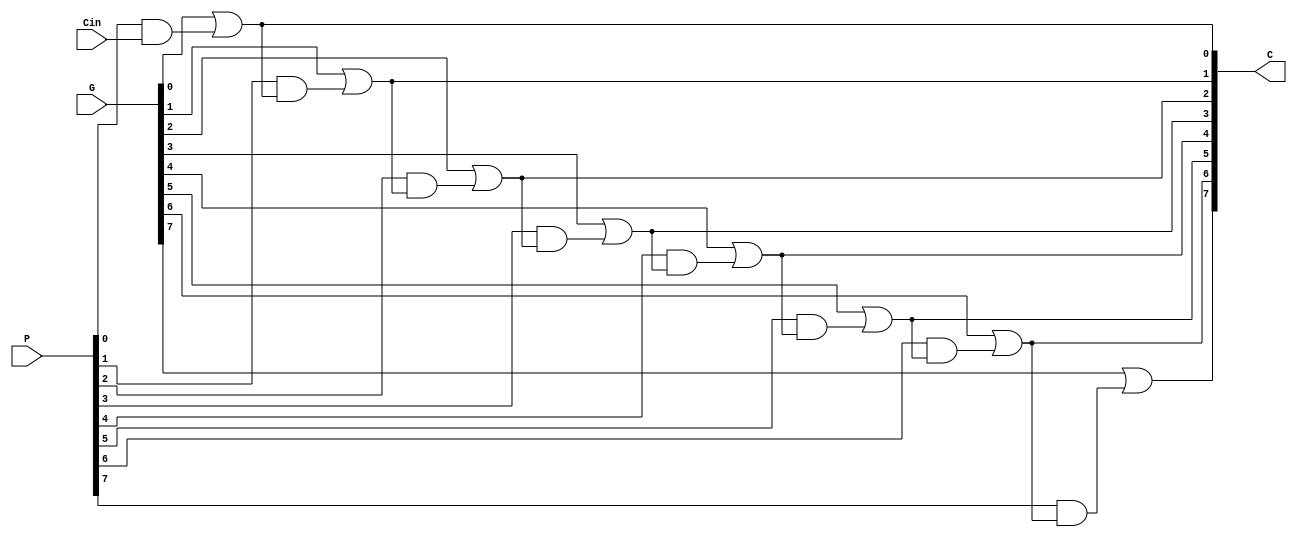
module cla_32_bit_module(
    Cin,
    P,
    G,
    C);

    input Cin;
    input [7:0] P, G;
    output reg [7:0] C;

    always @ * begin
        C[0] <= (G[0] | P[0] & Cin);
        C[1] <= (G[1] | P[1] & C[0]);
        C[2] <= (G[2] | P[2] & C[1]);
        C[3] <= (G[3] | P[3] & C[2]);
        C[4] <= (G[4] | P[4] & C[3]);
        C[5] <= (G[5] | P[5] & C[4]);
        C[6] <= (G[6] | P[6] & C[5]);
        C[7] <= (G[7] | P[7] & C[6]);
    end

endmodule